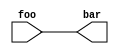
module SimpleExtModule(
  input [15:0] foo,
  output [15:0] bar
);
  assign bar = foo;
endmodule